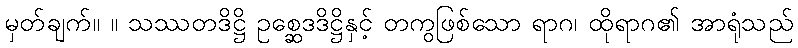
မှတ်ချက်။ ။ သဿတဒိဋ္ဌိ ဥစ္ဆေဒဒိဋ္ဌိနှင့် တကွဖြစ်သော ရာဂ၊ ထိုရာဂ၏ အာရုံသည်